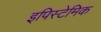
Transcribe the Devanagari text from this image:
इपिस्टेमिक